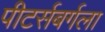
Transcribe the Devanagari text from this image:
पीटर्सबर्गला